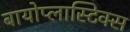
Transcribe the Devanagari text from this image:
बायोप्लास्टिक्स